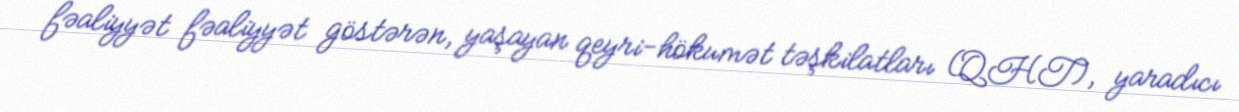
fəaliyyət fəaliyyət göstərən, yaşayan qeyri-hökumət təşkilatları (QHT), yaradıcı